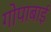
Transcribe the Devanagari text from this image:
गोपाबाई